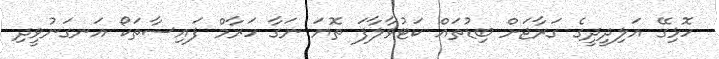
ހޮޅިގޭ އަލިދީދީގެ ގަރާޖަށް ބިޑުތައް ކަޓުވާލާފަ ތޮޔަ ނަގާ ހަރާމް ފައިސާތަކޯ އަނގަނުވީދި